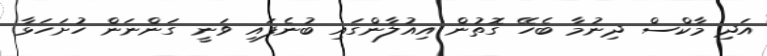
އަދި މާކްސް ދިނުމާ ބެހޭ ގޮތުން އިއުލާންގައި ބުނެފައި ވަނީ ގަންނަން ހުށަހަޅާ